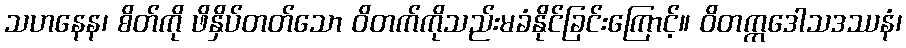
သဟနေန၊ စိတ်ကို ဖိနှိပ်တတ်သော ဝိတက်ကိုသည်းမခံနိုင်ခြင်းကြောင့်။ ဝိတက္ကဒေါသဒဿနံ၊